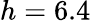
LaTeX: h=6.4